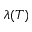
\lambda ( T )